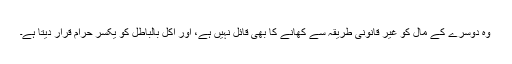
وہ دوسرے کے مال کو غير قانونى طريقہ سے کھانے کا بھى قائل نہيں ہے، اور اکل بالباطل کو يکسر حرام قرار ديتا ہے۔